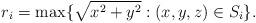
LaTeX: \begin{align*}r_i = \max \{\sqrt{x^2+y^2}: (x,y,z)\in S_i\}.\end{align*}